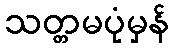
သတ္တမပုံမှန်